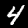
Digit: 4